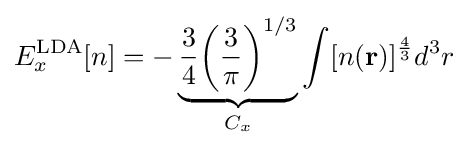
E_{x}^{\text{LDA}}[n]=-\underbrace {{\frac {3}{4}}{\bigg (}{\frac {3}{\pi }}{\bigg )}^{1/3}} _{C_{x}}\int [n(\mathbf {r} )]^{\frac {4}{3}}d^{3}r